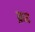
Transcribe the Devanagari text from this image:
क़ट